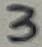
Text: 3